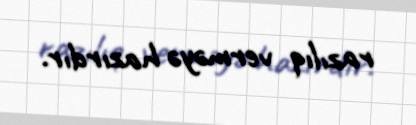
razılıq verməyə hazırdır.